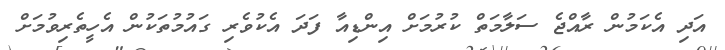
އަދި އެކަމުން ރާއްޖެ ސަލާމަތް ކުރުމަށް އިންޑިއާ ފަދަ އެކުވެރި ގައުމުތަކުން އެހީތެރިވުމަށް